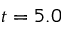
t = 5 . 0